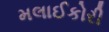
મલાઈકોરી